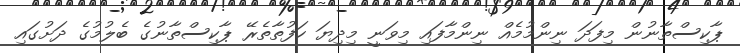
ޕާކިސްތާނުން މިފަދަ ނިންމުމެއް ނިންމާފައި މިވަނީ މިދިޔަ ހަފުތާތެރޭ ޕާކިސްތާނުގެ ބެލުމުގެ ދަށުގައި